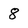
Character: 8